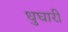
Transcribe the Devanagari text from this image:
धुघारी